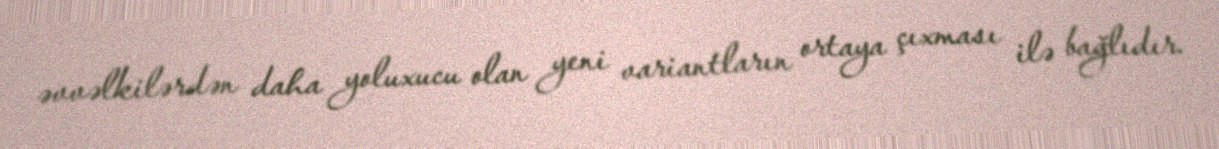
əvvəlkilərdən daha yoluxucu olan yeni variantların ortaya çıxması ilə bağlıdır.